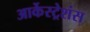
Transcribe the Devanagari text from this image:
आर्केस्ट्रेशंस